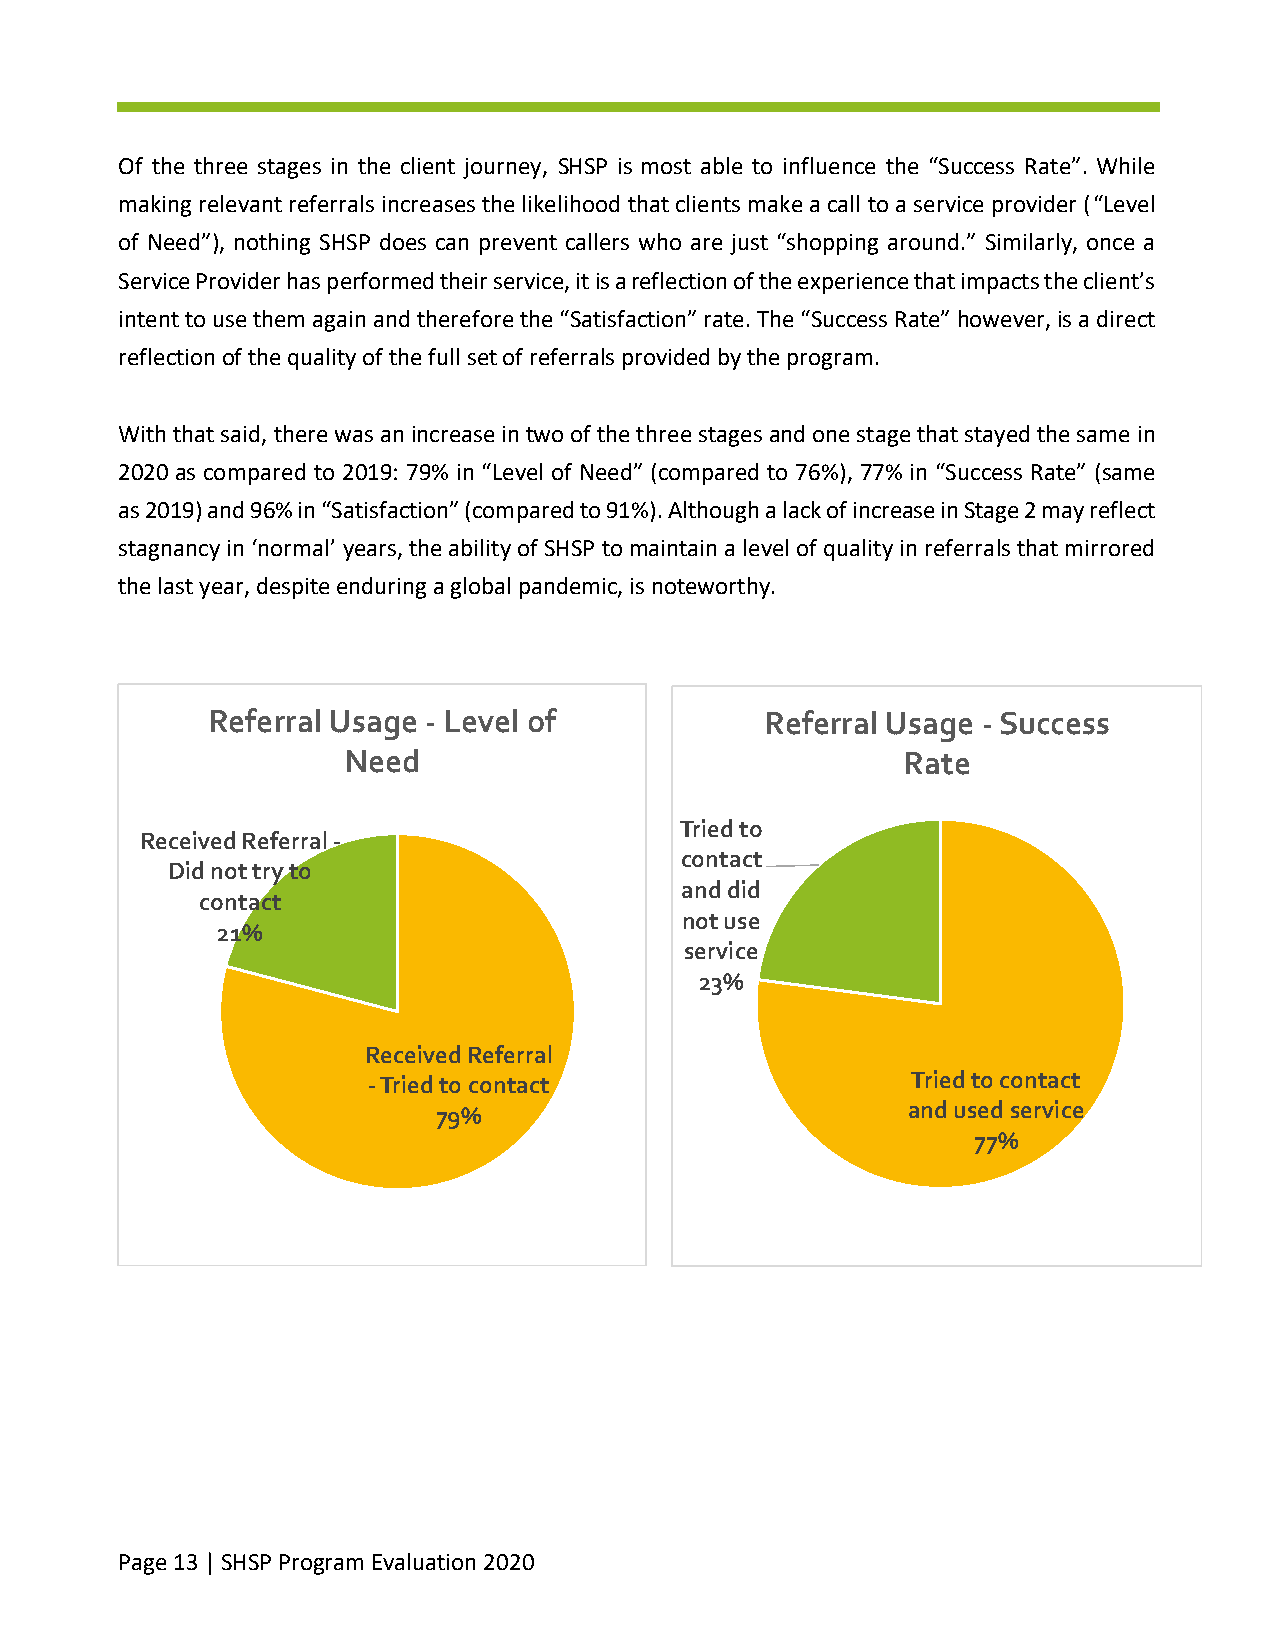
Of the three stages in the client journey, SHSP is most able to influence the “Success Rate”. While
 making relevant referrals increases the likelihood that clients make a call to a service provider (“Level
 of Need”), nothing SHSP does can prevent callers who are just “shopping around.” Similarly, once a
 Service Provider has performed their service, it is a reflection of the experience that impacts the client’s
 intent to use them again and therefore the “Satisfaction” rate. The “Success Rate” however, is a direct
 reflection of the quality of the full set of referrals provided by the program.
 With that said, there was an increase in two of the three stages and one stage that stayed the same in
 2020 as compared to 2019: 79% in “Level of Need” (compared to 76%), 77% in “Success Rate” (same
 as 2019) and 96% in “Satisfaction” (compared to 91%). Although a lack of increase in Stage 2 may reflect
 stagnancy in ‘normal’ years, the ability of SHSP to maintain a level of quality in referrals that mirrored
 the last year, despite enduring a global pandemic, is noteworthy.
 Referral Usage - Level of            Referral Usage -Success
 Need                                 Rate
 Tried to
 Received Referral -
 contact
 Did not try to
 and did
 contact
 not use
 21%
 service
 23%
 Received Referral
 -Tried to contact                   Tried to contact
 79%                            and used service
 77%
 Page 13 | SHSP Program Evaluation 2020